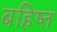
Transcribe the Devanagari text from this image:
बहिष्त